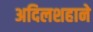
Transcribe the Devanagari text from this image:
अदिलशहाने